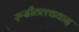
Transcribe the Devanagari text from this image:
रूढीतत्त्ववाद